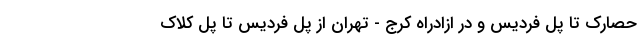
حصارک تا پل فردیس و در ازادراه کرج - تهران از پل فردیس تا پل کلاک